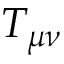
T _ { \mu \nu }